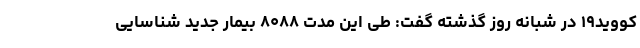
کووید۱۹ در شبانه روز گذشته گفت: طی این مدت ۸۰۸۸ بیمار جدید شناسایی